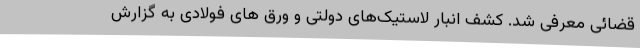
قضائی معرفی شد. کشف انبار لاستیک‌های دولتی و ورق های فولادی به گزارش